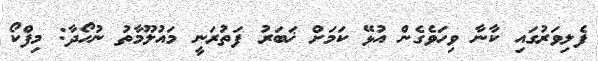
ފެލިވަރުގައި ކާނާ ވިހަވެގެން އުޅޭ ކަމަށް ޚަބަރު ފަތުރަނީ މައުލޫމާތު ނުހޯދާ: މިފްކޯ